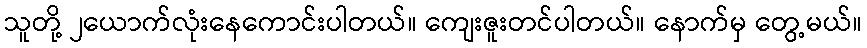
သူတို့ ၂ယောက်လုံးနေကောင်းပါတယ်။ ကျေးဇူးတင်ပါတယ်။ နောက်မှ တွေ့မယ်။